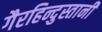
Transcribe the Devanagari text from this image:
गैरहिन्दुस्तानी